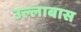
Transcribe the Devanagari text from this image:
उल्लाबास